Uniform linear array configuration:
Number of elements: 4
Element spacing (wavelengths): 0.25
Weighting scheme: hamming
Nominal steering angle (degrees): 30
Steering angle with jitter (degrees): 30.817
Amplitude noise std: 0.05
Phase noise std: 0.05

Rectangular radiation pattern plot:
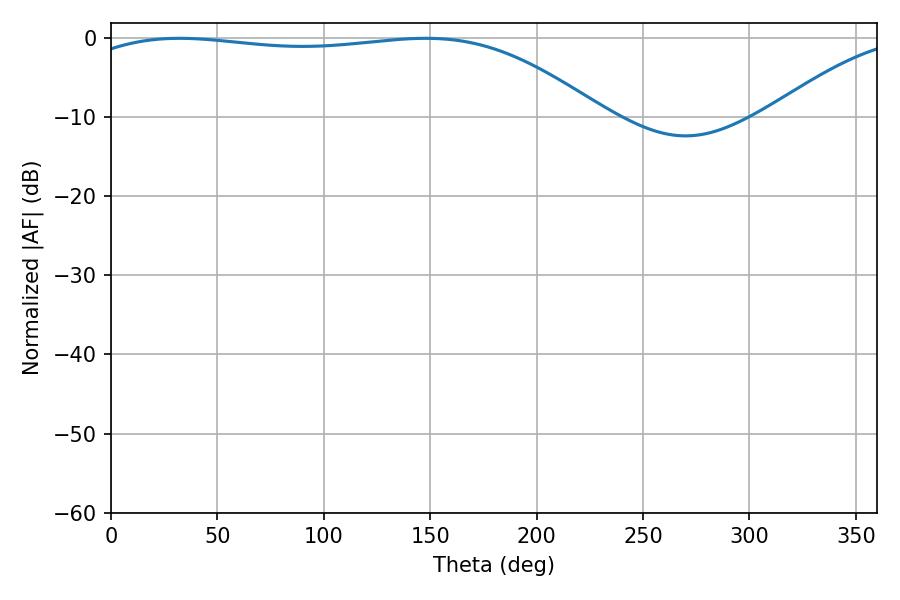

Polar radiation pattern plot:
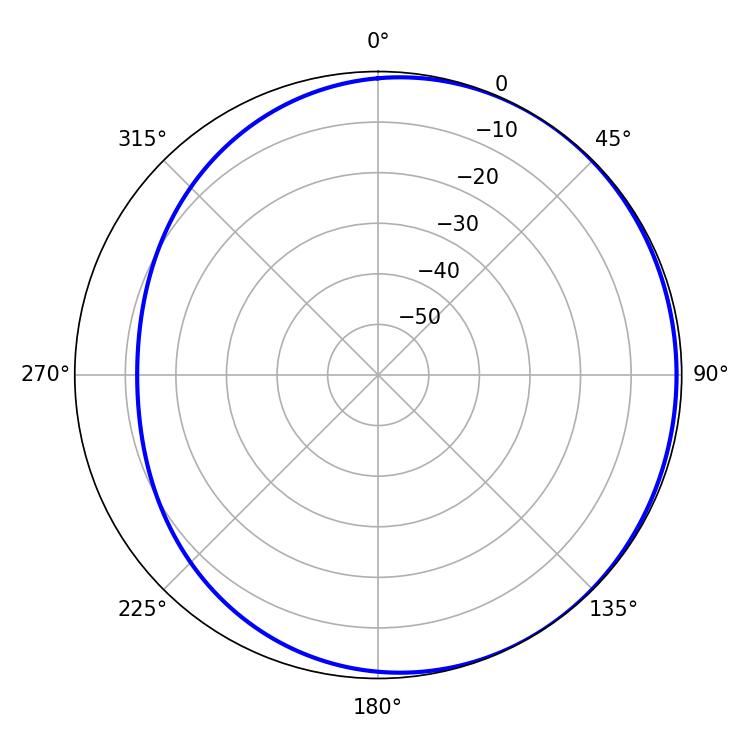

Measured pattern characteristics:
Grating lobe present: FALSE
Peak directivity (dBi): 1.375
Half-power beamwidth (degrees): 195.3
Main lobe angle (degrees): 32.22